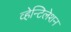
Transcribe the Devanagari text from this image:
व्हेन्टिलेशन